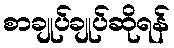
စာချုပ်ချုပ်ဆိုရန်